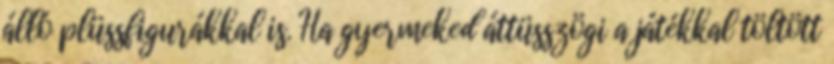
álló plüssfigurákkal is. Ha gyermeked áttüsszögi a játékkal töltött